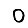
Digit: 0